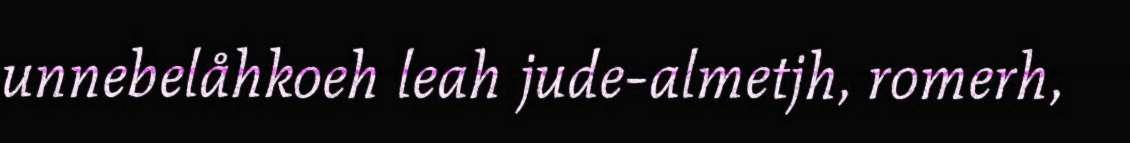
unnebelåhkoeh leah jude-almetjh, romerh,